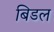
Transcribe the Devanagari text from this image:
बिडल